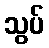
သွပ်